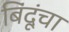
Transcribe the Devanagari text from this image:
बिंदूंचा